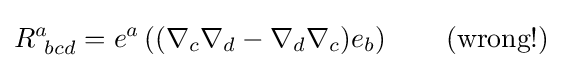
R_{\ bcd}^{a}=e^{a}\left((\nabla _{c}\nabla _{d}-\nabla _{d}\nabla _{c})e_{b}\right)\qquad {\text{(wrong!)}}